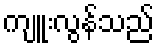
ကျူးလွန်သည်